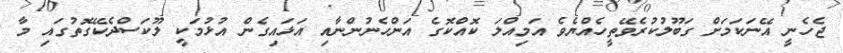
ޖެހެނީ އޭނަކަމަށް ގަބޫލުކުރެވޭތީހެއްޔެވެ އަމިއްލަ ކޮއްކޮގެ އަންހެނުންނާއި އަޅައިގެން އުޅުމަކީ ލޫކަސްދެކޭގޮތުގައި މާ